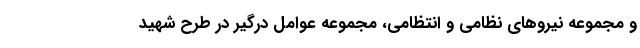
و مجموعه نیروهای نظامی و انتظامی، مجموعه عوامل درگیر در طرح شهید